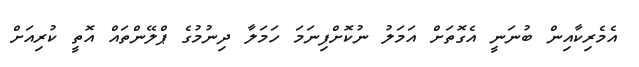
އެމެރިކާއިން ބުނަނީ އެގޮތަށް އަމަލު ނުކޮށްފިނަމަ ހަމަލާ ދިނުމުގެ ޕްލޭންތައް އޮތީ ކުރިއަށް